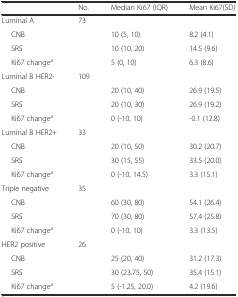
<table><thead><tr><td></td><td><b>No.</b></td><td><b>Median Ki67 (IQR)</b></td><td><b>Mean Ki67(SD)</b></td></tr></thead><tbody><tr><td>Luminal A</td><td>73</td><td></td><td></td></tr><tr><td>CNB</td><td></td><td>10 (5, 10)</td><td>8.2 (4.1)</td></tr><tr><td>SRS</td><td></td><td>10 (10, 20)</td><td>14.5 (9.6)</td></tr><tr><td>Ki67 change<sup>a</sup></td><td></td><td>5 (0, 10)</td><td>6.3 (8.6)</td></tr><tr><td>Luminal B HER2-</td><td>109</td><td></td><td></td></tr><tr><td>CNB</td><td></td><td>20 (10, 40)</td><td>26.9 (19.5)</td></tr><tr><td>SRS</td><td></td><td>20 (10, 30)</td><td>26.9 (19.2)</td></tr><tr><td>Ki67 change<sup>a</sup></td><td></td><td>0 (-10, 10)</td><td>-0.1 (12.8)</td></tr><tr><td>Luminal B HER2+</td><td>33</td><td></td><td></td></tr><tr><td>CNB</td><td></td><td>20 (10, 50)</td><td>30.2 (20.7)</td></tr><tr><td>SRS</td><td></td><td>30 (15, 55)</td><td>33.5 (20.0)</td></tr><tr><td>Ki67 change<sup>a</sup></td><td></td><td>0 (-10, 14.5)</td><td>3.3 (15.1)</td></tr><tr><td>Triple negative</td><td>35</td><td></td><td></td></tr><tr><td>CNB</td><td></td><td>60 (30, 80)</td><td>54.1 (26.4)</td></tr><tr><td>SRS</td><td></td><td>70 (30, 80)</td><td>57.4 (25.8)</td></tr><tr><td>Ki67 change<sup>a</sup></td><td></td><td>0 (-10, 10)</td><td>3.3 (13.5)</td></tr><tr><td>HER2 positive</td><td>26</td><td></td><td></td></tr><tr><td>CNB</td><td></td><td>25 (20, 40)</td><td>31.2 (17.3)</td></tr><tr><td>SRS</td><td></td><td>30 (23.75, 50)</td><td>35.4 (15.1)</td></tr><tr><td>Ki67 change<sup>a</sup></td><td></td><td>5 (-1.25, 20.0)</td><td>4.2 (19.6)</td></tr></tbody></table>